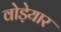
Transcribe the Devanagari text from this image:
वोड़ेयार